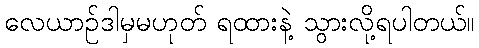
လေယာဉ်ဒါမှမဟုတ် ရထားနဲ့ သွားလို့ရပါတယ်။